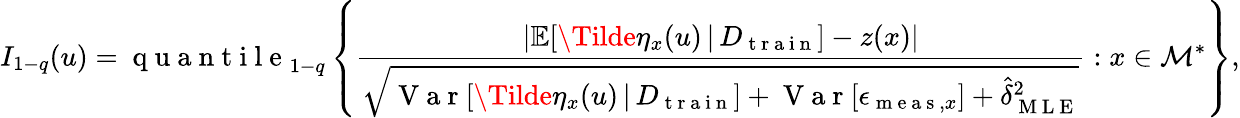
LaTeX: I_{1-q}(u)=\mathrm{~q~u~a~n~t~i~l~e~}_{1-q}\left\{ \frac{\lvert\mathbb{E}[\Tilde{\eta}_{x}(u)\, \vert\, D_{\mathrm{~t~r~a~i~n~}}]-z(x)\rvert}{\sqrt{\mathrm{~V~a~r~}[\Tilde{\eta}_{x}(u)\, \vert\, D_{\mathrm{~t~r~a~i~n~}}]+\mathrm{~V~a~r~}[\epsilon_{\mathrm{~m~e~a~s~},x}]+\hat{\delta}_{\mathrm{~M~L~E~}}^{2}}}:x\in\mathcal{M}^{*}\right\} ,